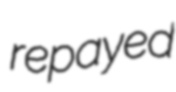
repayed